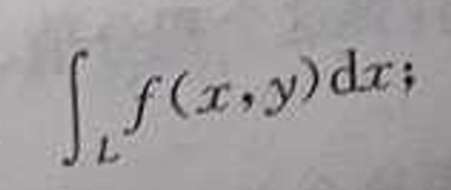
\[
\int_{L} f(x,y)\mathrm{d}x;
\]